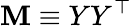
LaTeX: \mathbf{M}\equiv YY^{\top}